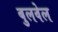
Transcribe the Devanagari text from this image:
बुलवेल